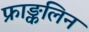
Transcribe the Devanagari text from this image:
फ्राङ्कलिन